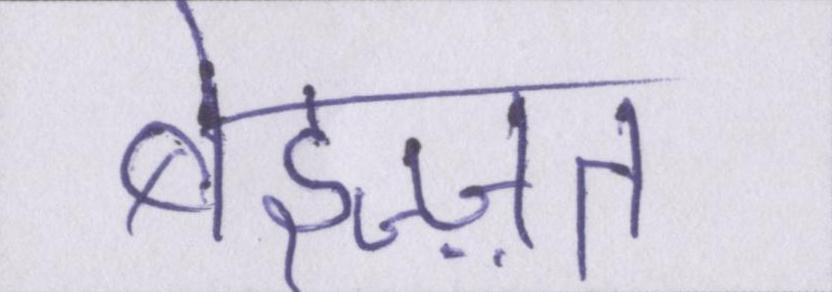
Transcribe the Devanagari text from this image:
बेइज़्ज़त